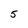
Character: 5